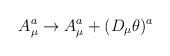
LaTeX: \begin{align*}A_\mu^a \to A_\mu^a + (D_\mu\theta)^a \end{align*}